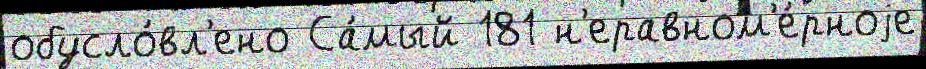
обусло́вл'ено Са́мый 181 н'еравном'е́рноjе